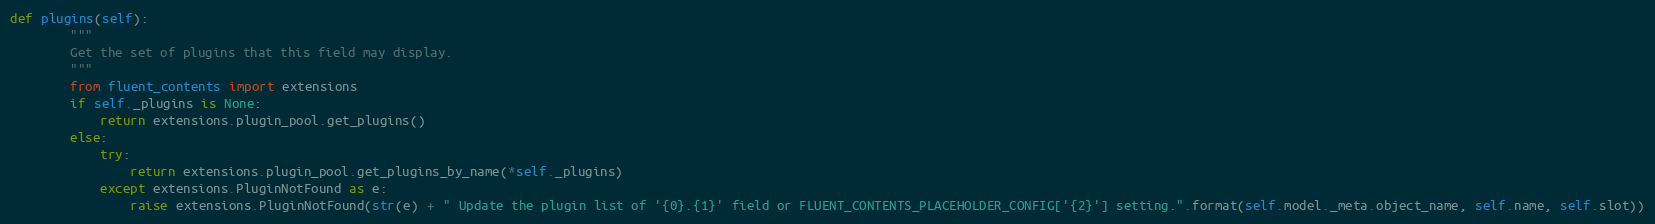
Language: Python
def plugins(self):
        """
        Get the set of plugins that this field may display.
        """
        from fluent_contents import extensions
        if self._plugins is None:
            return extensions.plugin_pool.get_plugins()
        else:
            try:
                return extensions.plugin_pool.get_plugins_by_name(*self._plugins)
            except extensions.PluginNotFound as e:
                raise extensions.PluginNotFound(str(e) + " Update the plugin list of '{0}.{1}' field or FLUENT_CONTENTS_PLACEHOLDER_CONFIG['{2}'] setting.".format(self.model._meta.object_name, self.name, self.slot))